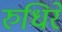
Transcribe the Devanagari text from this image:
रुधिरे